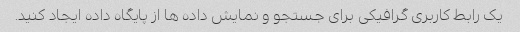
یک رابط کاربری گرافیکی برای جستجو و نمایش داده ها از پایگاه داده ایجاد کنید.